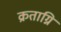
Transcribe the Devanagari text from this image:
क्रताग्नि